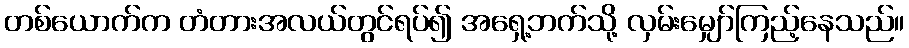
တစ်ယောက်က တံတားအလယ်တွင်ရပ်၍ အရှေ့ဘက်သို့ လှမ်းမျှော်ကြည့်နေသည်။